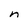
Character: n